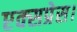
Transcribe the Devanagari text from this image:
एक्‍सप्रेस।